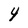
Character: 4